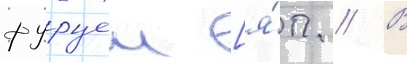
фуруеи [я́п. // В